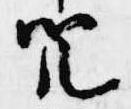
咒